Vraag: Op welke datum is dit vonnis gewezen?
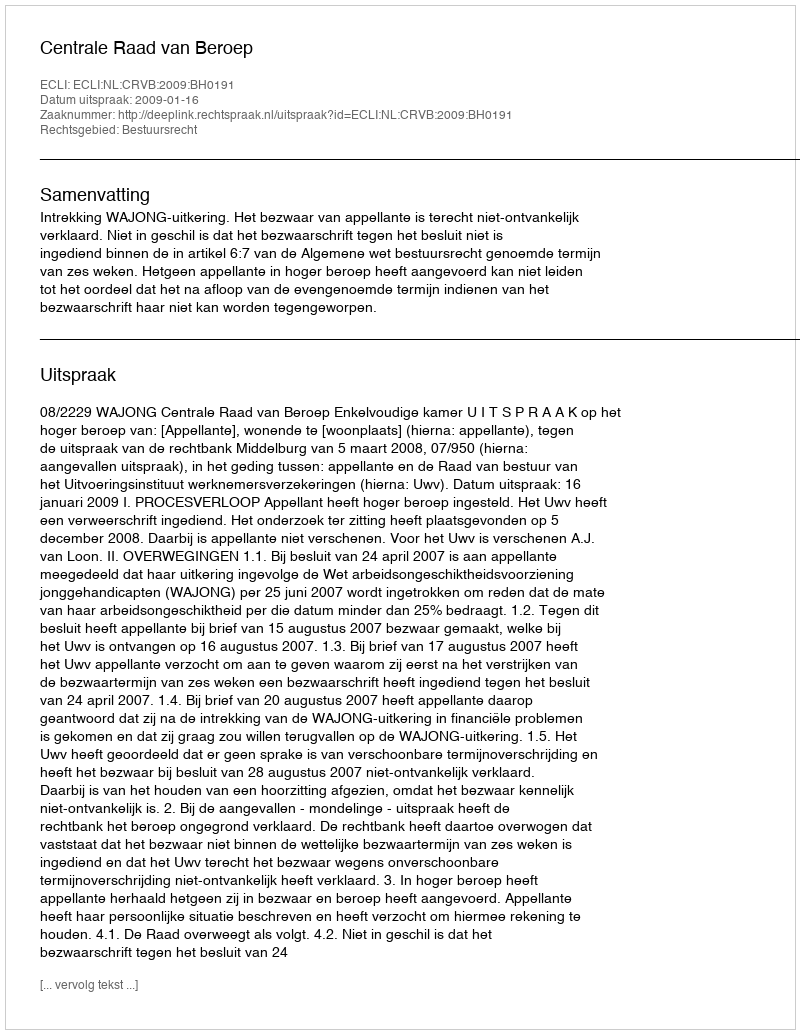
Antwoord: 2009-01-16